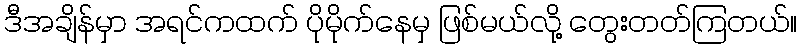
ဒီအချိန်မှာ အရင်ကထက် ပိုမိုက်နေမှ ဖြစ်မယ်လို့ တွေးတတ်ကြတယ်။